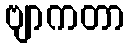
ဗျာကတာ